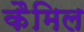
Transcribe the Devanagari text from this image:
कैमिल